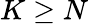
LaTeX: K\geq N